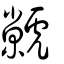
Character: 虩